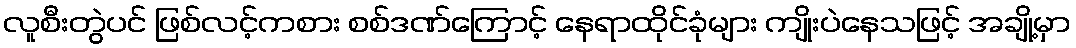
လူစီးတွဲပင် ဖြစ်လင့်ကစား စစ်ဒဏ်ကြောင့် နေရာထိုင်ခုံများ ကျိုးပဲနေသဖြင့် အချို့မှာ